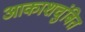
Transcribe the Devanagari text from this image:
आकाशचुंबित